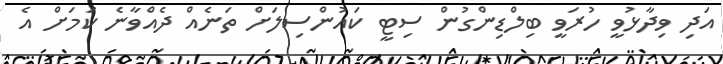
އަދި ވިދާޅުވީ ހުރަވީ ބިލްޑިންގުން ސިޓީ ކައުންސިލަށް ތަނެއް ދެއްވާނެ ކަމަށް އެ